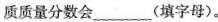
质质量分数会___(填字母)。